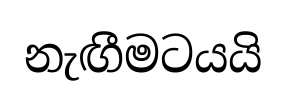
නැඟීමටයයි